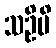
သဦမိ